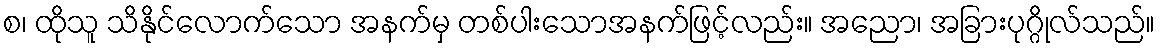
စ၊ ထိုသူ သိနိုင်လောက်သော အနက်မှ တစ်ပါးသောအနက်ဖြင့်လည်း။ အညော၊ အခြားပုဂ္ဂိုလ်သည်။